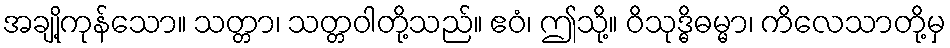
အချို့ကုန်သော။ သတ္တာ၊ သတ္တဝါတို့သည်။ ဧဝံ၊ ဤသို့။ ဝိသုဒ္ဓိဓမ္မာ၊ ကိလေသာတို့မှ